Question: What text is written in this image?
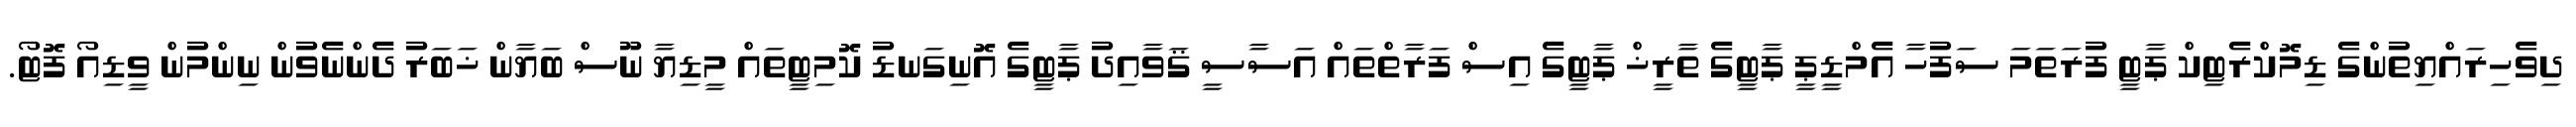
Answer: ދިވެހިރައްޔިތުންގެ ޑިމޮކްރެޓިކް ޕާޓީ ފުރަތަމަ ސަފުހާ އެމްޑީޕީ ޕާޓީގެ ތާރީޚް ޕާޓީގެ އިސް ފަރާތްތައް އަސާސީ ޤަވާއިދު ޕާޓީގެ އޮނިގަނޑު ކޮމިޓީތައް މީޑިޔާ ނޫސް ބަޔާން ޚަބަރު ދެންނެވުން ނިންމުން ވީޑިއޯ ފޮޓޯ.